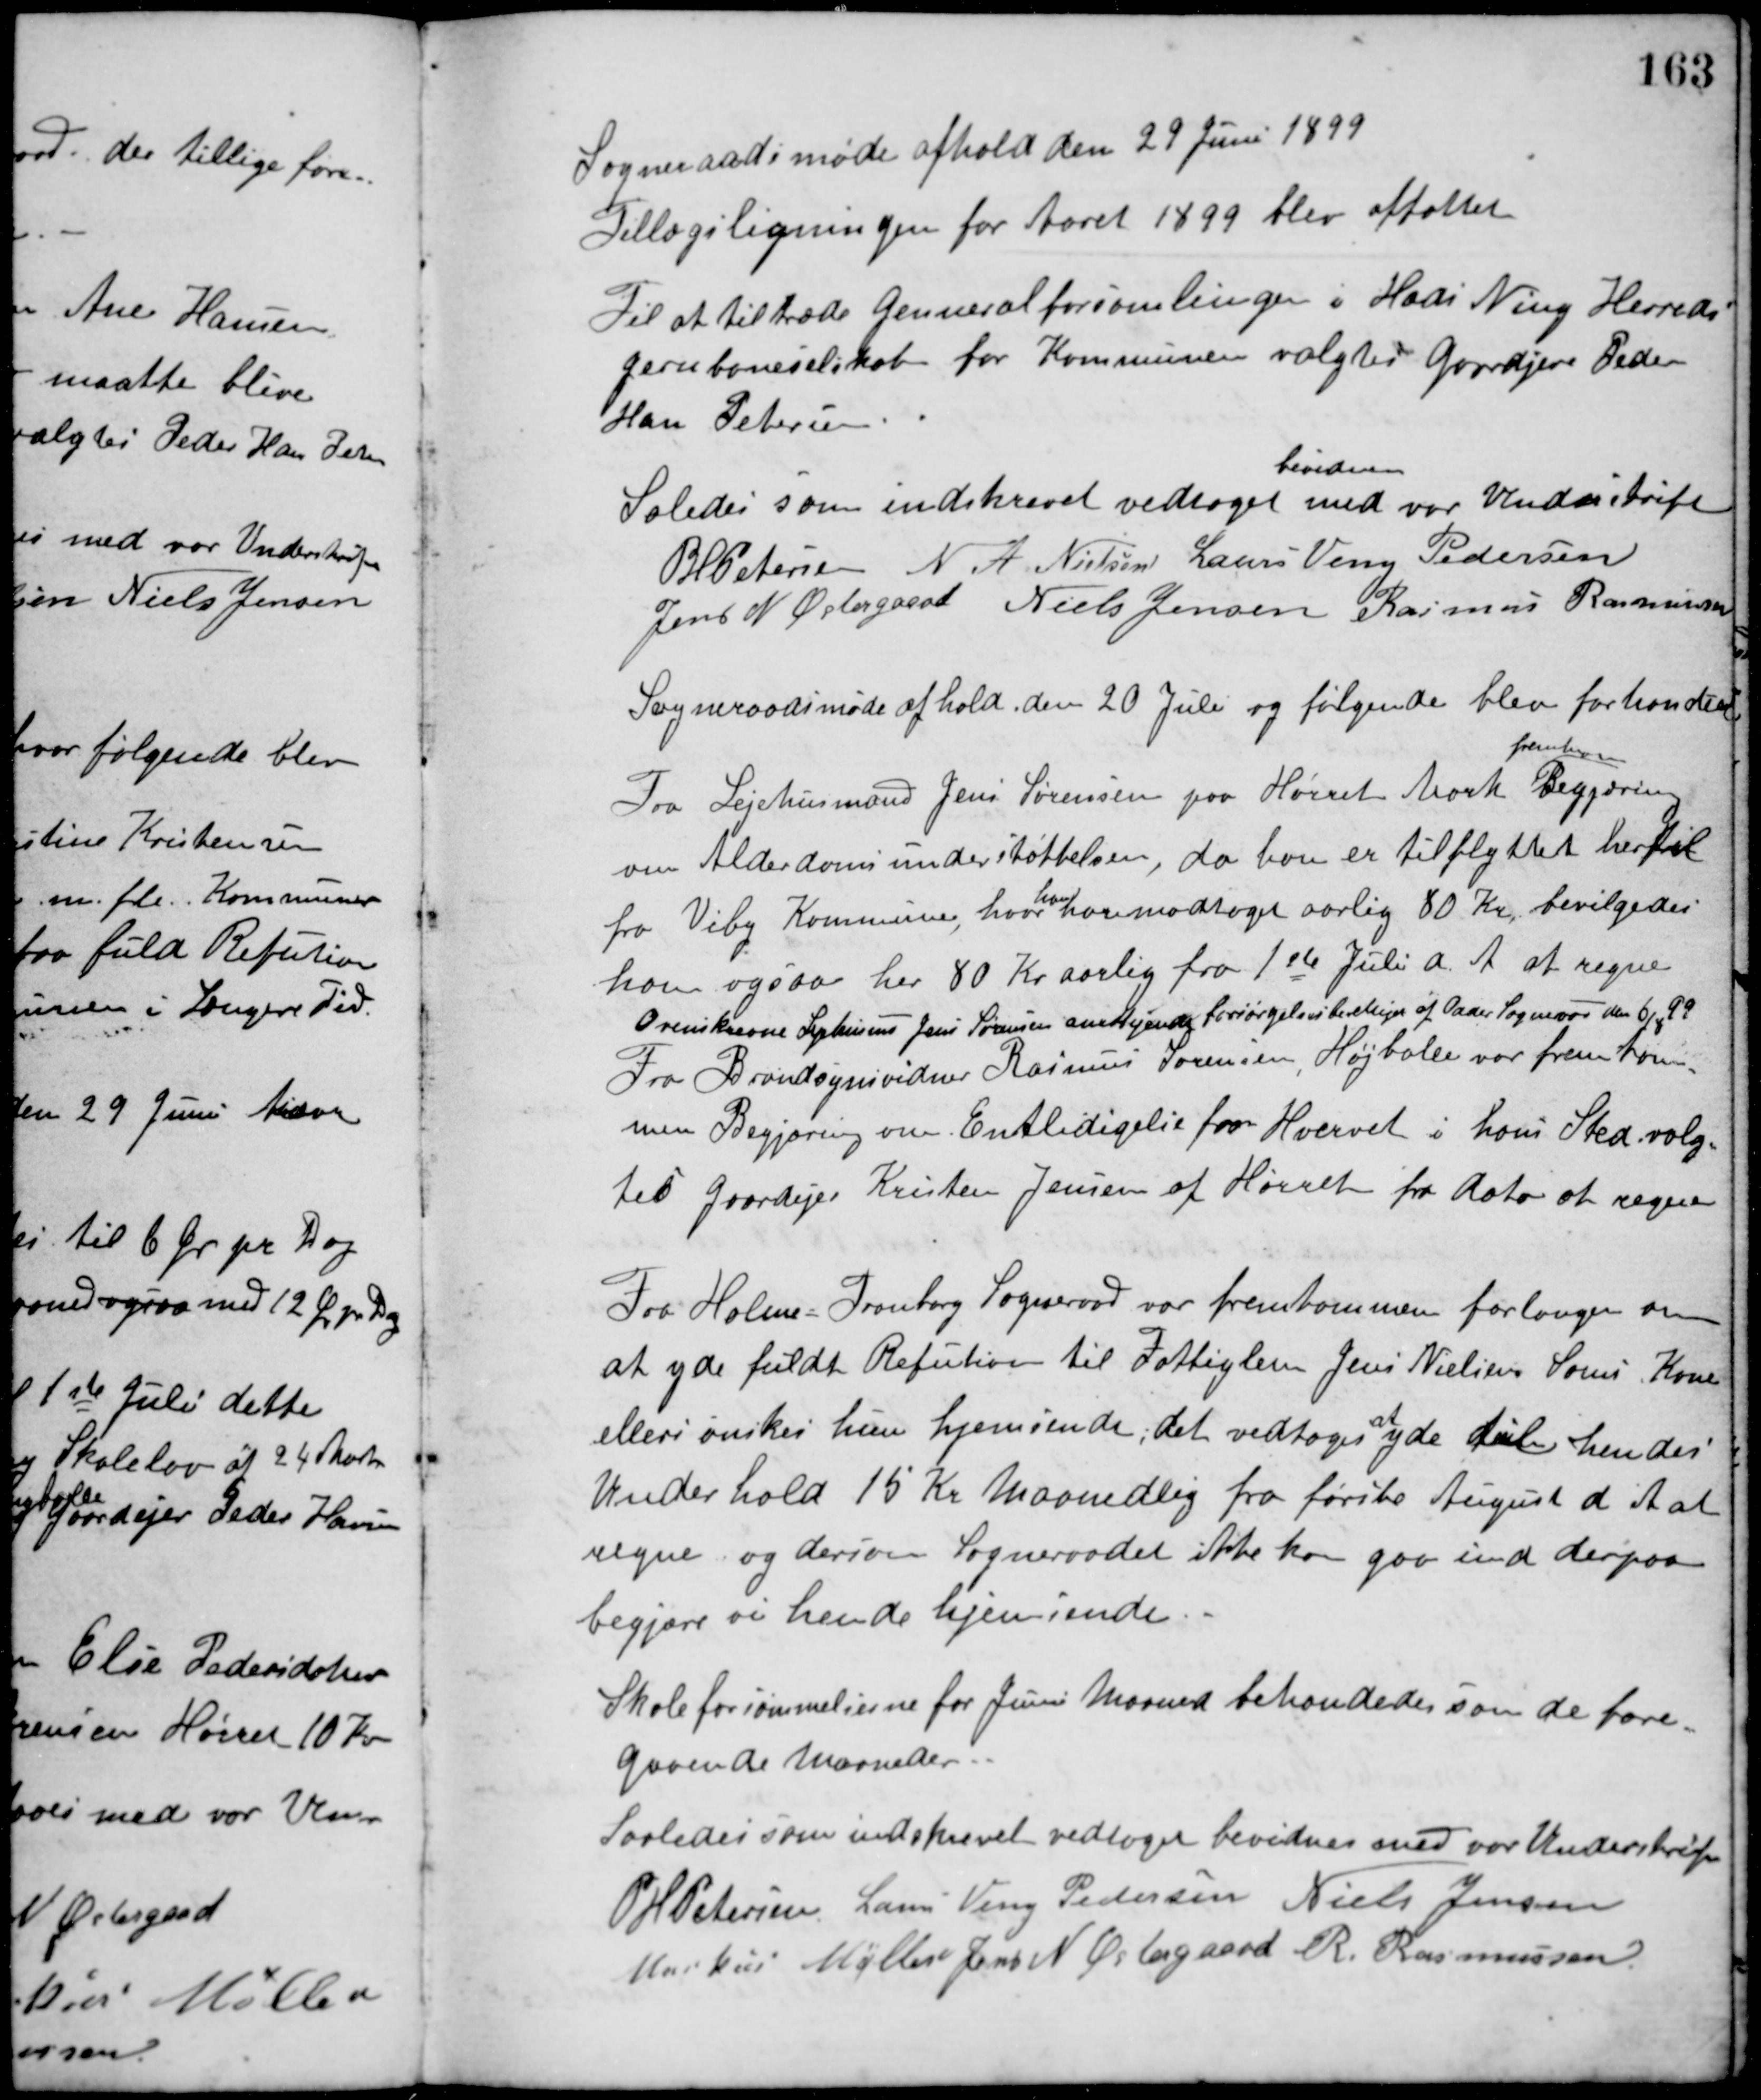
Transskription:
Sogneraadsmøde afhold den 29 Juni 1899
Tillægsligningen for Aaret 1899 blev affattet
Til at tiltræde Genneralforsamlingen i Hads Ning Herreds
Jernbaneselskab for Kommunen valgtes Gaardjere Peder
Hans Petersen.
Saledes som indskrevet vedtaget
bevidnes
med vor Underskrift
P. H. Petersen N. A. Nielsen Laurs Veng Pedersen
Jens N. Østergaard Niels Jensen Rasmus Rasmussen
Sogneraadsmøde afhold den 20 Juli og følgende blev forhandlet.
Fra Lejehusmand Jens Sørensen paa Hørret Mark
fremkom
Begjæring
om Alderdomsunderstøttelsen, da han er tilflyttet hertil
fra Viby Kommune, hvor
han
har modtaget aarlig 80 Kr., bevilgedes
ham ogsaa her 80 Kr. aarlig fra 1ste Juli d. A. at regne.
Ovenskrevne Lejehusmand Jens Sørensen anerkejendes forsørgelsesberettiget af Odder Sogneraad den 6/8 99
Fra Brandsynsvidne Rasmus Sørensen, Højballe var fremkom-
men Begjæring om Entledigelse fra Hvervet i hans Sted valg-
tes Gaardejer Kristen Jensen af Hørret fra Dato at regne.
Fra Holme-Tranborg Sogneraad var fremkommen forlangen om
at yde fuldt Refution til Fattiglem Jens Nielsens Sams Kone
ellers ønskes hun hjemsendt, det vedtoges
at
yde til hendes
Underhold 15 Kr. Maanedlig fra første August d. A. at
regne og dersom Sogneraadet ikke kan gaa ind derpaa
begjære vi hende hjemsendt.
Skole forsømmelserne for Juni Maaned behandledes som de fore-
gaaende Maaneder.
Saaledes som indskrevet vedtaget bevidnes med vor Underskrift
P. H. Petersen Laurs Veng Pedersen Niels Jensen
Markus Møller Jens N. Østergaard R. Rasmussen